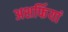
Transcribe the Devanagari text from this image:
अशर्फियां